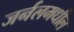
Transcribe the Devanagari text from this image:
जर्नलमधील